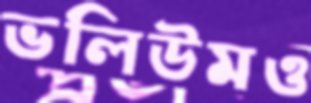
ভলিউমও